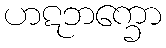
ဟဋဘက္ခော